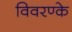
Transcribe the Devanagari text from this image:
विवरण्के